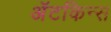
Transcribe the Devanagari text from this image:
अॅटकिन्स